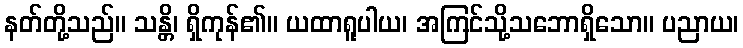
နတ်တို့သည်။ သန္တိ၊ ရှိကုန်၏။ ယထာရူပါယ၊ အကြင်သို့သဘောရှိသော။ ပညာယ၊